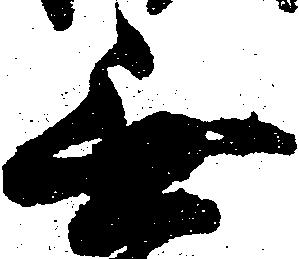
無